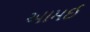
આમઈ